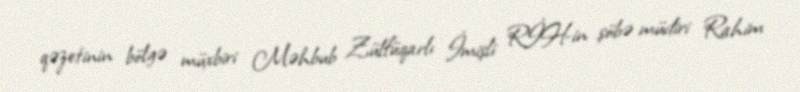
qəzetinin bölgə müxbiri Məhbub Zülfüqarlı İmişli RİH-in şöbə müdiri Rahim